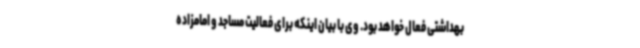
بهداشتی فعال خواهد بود. وی با بیان اینکه برای فعالیت مساجد و امامزاده